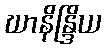
ဃာနိန္ဒြိယ